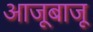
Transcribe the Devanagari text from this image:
आजूबाजू